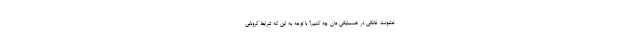
خشونت خانگی در همسایگی ‌مان چه کنیم؟ با توجه به این که شرایط کرونایی